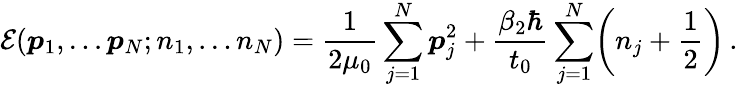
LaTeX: {\mathcal E}(\boldsymbol{p}_{1},\dots\boldsymbol{p}_{N};n_{1},\dots n_{N})=\frac{1}{2\mu_{0}}\sum_{j=1}^{N}\boldsymbol{p}_{j}^{2}+\frac{\beta_{2}\hbar}{t_{0}}\sum_{j=1}^{N}\biggl(n_{j}+\frac{1}{2}\biggr)\, .